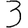
Digit: 3